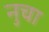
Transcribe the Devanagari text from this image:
नुचा